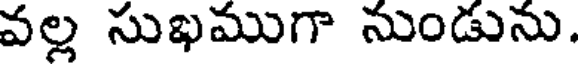
వల్ల సుఖముగా నుండును.